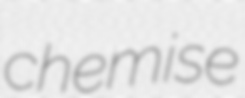
chemise